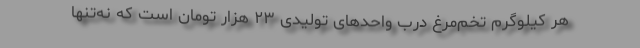
هر کیلوگرم تخم‌مرغ درب واحدهای تولیدی ۲۳ هزار تومان است که نه‌تنها